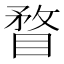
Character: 瞀